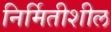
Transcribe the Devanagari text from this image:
निर्मितीशील